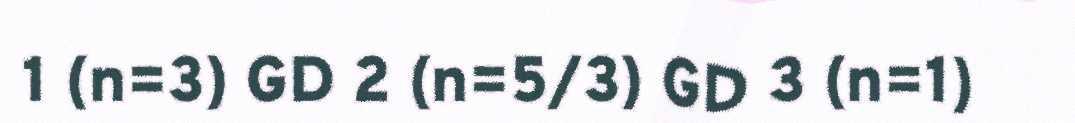
1 (n=3) GD 2 (n=5/3) GD 3 (n=1)